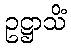
ဥဋ္ဌာသိံ